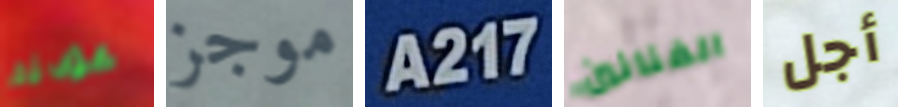
عودته موجز A217 الفنانين أجل